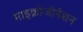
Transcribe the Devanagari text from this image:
माइक्रोजोनेशन